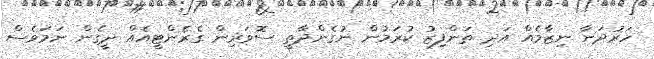
ހަރުދަނާ ނިޒާމެއް އަދި ތަންފިޒު ކުރަމުން ނުގެންދާތީ ސޮވަރިން ގެރެންޓީއެއް ދީގެން ނަމަވެސް